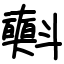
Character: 𣂐